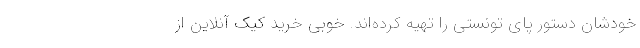
خودشان دستور پای تونستی را تهیه کرده‌اند. خوبی خرید کیک آنلاین از